Report of the Indian Hemp Drugs Commission, 1894-1895 - Volume VIII
Year: 1894
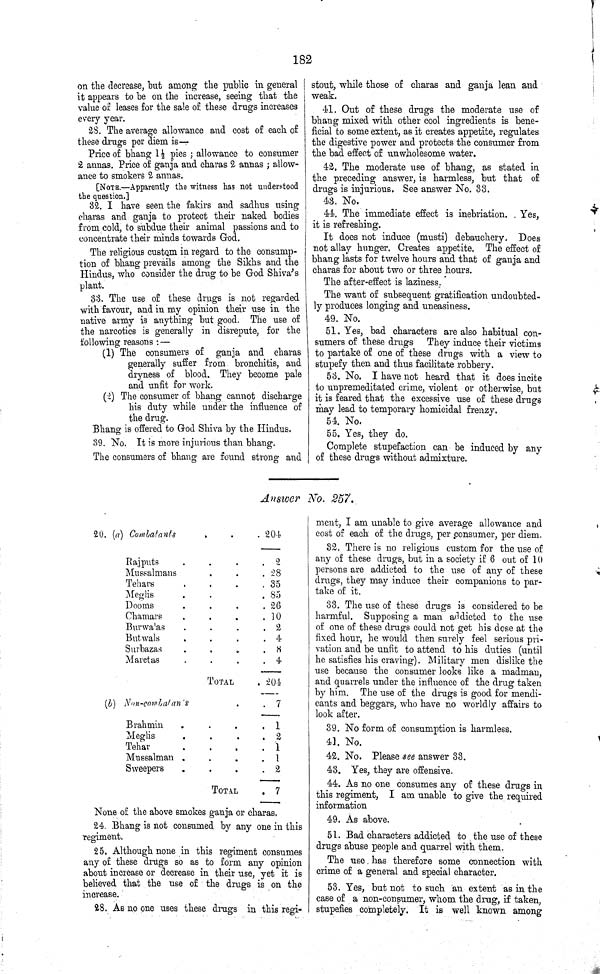
182
on the decrease, but among the public in general
it appears to be on the increase, seeing that the
value of leases for the sale of these drugs increases
every year.
28. The average allowance and cost of each of
these drugs per diem is—
Price of bhang 11/2 pies; allowance to consumer
2 annas. Price of ganja and charas 2 annas; allow¬
ance to smokers 2 annas.
[NOTE.—Apparently the witness has not understood
the question.]
32. I have seen the fakirs and sadhus using
charas and ganja to protect their naked bodies
from cold, to subdue their animal passions and to
concentrate their minds towards God.
The religious custom in regard to the consump¬
tion of bhang prevails among the Sikhs and the
Hindus, who consider the drug to be God Shiva's
plant.
33. The use of these drugs is not regarded
with favour, and in my opinion their use in the
native army is anything but good. The use of
the narcotics is generally in disrepute, for the
following reasons:—
(1) The consumers of ganja and charas
generally suffer from bronchitis, and
dryness of blood. They become pale
and unfit for work.
(2) The consumer of bhang cannot discharge
his duty while under the influence of
the drug.
Bhang is offered to God Shiva by the Hindus.
39. No. It is more injurious than bhang.
The consumers of bhang are found strong and
stout, while those of charas and ganja lean and
weak.
41. Out of these drugs the moderate use of
bhang mixed with other cool ingredients is bene¬
ficial to some extent, as it creates appetite, regulates
the digestive power and protects the consumer from
the bad effect of unwholesome water.
42. The moderate use of bhang, as stated in
the preceding answer, is harmless, but that of
drugs is injurious. See answer No. 33.
43. No.
44. The immediate effect is inebriation. Yes,
it is refreshing.
It does not induce (musti) debauchery. Does
not allay hunger. Creates appetite. The effect of
bhang lasts for twelve hours and that of ganja and
charas for about two or three hours.
The after-effect is laziness.
The want of subsequent gratification undoubted¬
ly produces longing and uneasiness.
49. No.
51. Yes, bad characters are also habitual con¬
sumers of these drugs They induce their victims
to partake of one of these drugs with a view to
stupefy then and thus facilitate robbery.
53. No. I have not heard that it does incite
to unpremeditated crime, violent or otherwise, but
it is feared that the excessive use of these drugs
may lead to temporary homicidal frenzy.
54. No.
55. Yes, they do.
Complete stupefaction can be induced by any
of these drugs without admixture.
Answer No. 257.
20. (a) Combatants
204
Rajputs
2
Mussalmans
28
Tehars
35
Meglis
85
Dooms
26
Chamars
10
Burwa'as
2
Butwals
4
Surbazas
8
Maretas
4
TOTAL
204
(b) Non-combatants
7
Brahmin
1
Meglis
2
Tehar
1
Mussalman
1
Sweepers
2
TOTAL
7
None of the above smokes ganja or charas.
24. Bhang is not consumed by any one in this
regiment.
25. Although none in this regiment consumes
any of these drugs so as to form any opinion
about increase or decrease in their use, yet it is
believed that the use of the drugs is on the
increase.
28. As no one uses these drugs in this regi¬
ment, I am unable to give average allowance and
cost of each of the drugs, per consumer, per diem.
32. There is no religious custom for the use of
any of these drugs, but in a society if 6 out of 10
persons are addicted to the use of any of these
drugs, they may induce their companions to par¬
take of it.
33. The use of these drugs is considered to be
harmful. Supposing a man addicted to the use
of one of these drugs could not get his dose at the
fixed hour, he would then surely feel serious pri¬
vation and be unfit to attend to his duties (until
ho satisfies his craving). Military men dislike the
use because the consumer looks like a madman,
and quarrels under the influence of the drug taken
by him. The use of the drugs is good for mendi¬
cants and beggars, who have no worldly affairs to
look after.
39. No form of consumption is harmless.
41. No.
42. No. Please see answer 33.
43. Yes, they are offensive.
44. As no one consumes any of these drugs in
this regiment, I am unable to give the required
information
49. As above.
51. Bad characters addicted to the use of these
drugs abuse people and quarrel with them.
The use has therefore some connection with
crime of a general and special character.
53. Yes, but not to such an extent as in the
case of a non-consumer, whom the drug, if taken,
stupefies completely. It is well known among